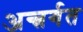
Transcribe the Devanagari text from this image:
अन्त्रर्गत